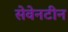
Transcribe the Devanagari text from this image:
सेवेनटीन